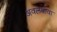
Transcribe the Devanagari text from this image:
अवलंबावा